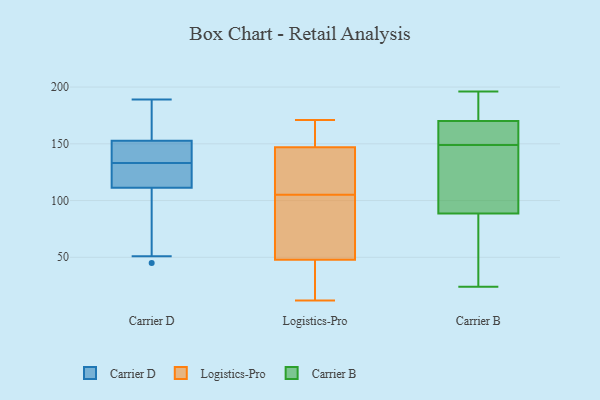
{"axis": {"x": "Tickets Resolved", "y": "Value"}, "legend": ["Carrier B", "Carrier D", "Logistics-Pro"], "data": [{"x": "", "y": 56, "type": "Carrier D"}, {"x": "", "y": 126, "type": "Carrier D"}, {"x": "", "y": 133, "type": "Carrier D"}, {"x": "", "y": 129, "type": "Carrier D"}, {"x": "", "y": 88, "type": "Carrier D"}, {"x": "", "y": 119, "type": "Carrier D"}, {"x": "", "y": 146, "type": "Carrier D"}, {"x": "", "y": 120, "type": "Carrier D"}, {"x": "", "y": 189, "type": "Carrier D"}, {"x": "", "y": 51, "type": "Carrier D"}, {"x": "", "y": 146, "type": "Carrier D"}, {"x": "", "y": 182, "type": "Carrier D"}, {"x": "", "y": 137, "type": "Carrier D"}, {"x": "", "y": 145, "type": "Carrier D"}, {"x": "", "y": 45, "type": "Carrier D"}, {"x": "", "y": 173, "type": "Carrier D"}, {"x": "", "y": 183, "type": "Carrier D"}, {"x": "", "y": 165, "type": "Logistics-Pro"}, {"x": "", "y": 75, "type": "Logistics-Pro"}, {"x": "", "y": 151, "type": "Logistics-Pro"}, {"x": "", "y": 62, "type": "Logistics-Pro"}, {"x": "", "y": 105, "type": "Logistics-Pro"}, {"x": "", "y": 135, "type": "Logistics-Pro"}, {"x": "", "y": 43, "type": "Logistics-Pro"}, {"x": "", "y": 78, "type": "Logistics-Pro"}, {"x": "", "y": 171, "type": "Logistics-Pro"}, {"x": "", "y": 36, "type": "Logistics-Pro"}, {"x": "", "y": 158, "type": "Logistics-Pro"}, {"x": "", "y": 120, "type": "Logistics-Pro"}, {"x": "", "y": 12, "type": "Logistics-Pro"}, {"x": "", "y": 34, "type": "Logistics-Pro"}, {"x": "", "y": 110, "type": "Logistics-Pro"}, {"x": "", "y": 156, "type": "Carrier B"}, {"x": "", "y": 195, "type": "Carrier B"}, {"x": "", "y": 104, "type": "Carrier B"}, {"x": "", "y": 187, "type": "Carrier B"}, {"x": "", "y": 149, "type": "Carrier B"}, {"x": "", "y": 95, "type": "Carrier B"}, {"x": "", "y": 179, "type": "Carrier B"}, {"x": "", "y": 149, "type": "Carrier B"}, {"x": "", "y": 167, "type": "Carrier B"}, {"x": "", "y": 165, "type": "Carrier B"}, {"x": "", "y": 24, "type": "Carrier B"}, {"x": "", "y": 163, "type": "Carrier B"}, {"x": "", "y": 196, "type": "Carrier B"}, {"x": "", "y": 69, "type": "Carrier B"}, {"x": "", "y": 32, "type": "Carrier B"}, {"x": "", "y": 148, "type": "Carrier B"}, {"x": "", "y": 47, "type": "Carrier B"}]}